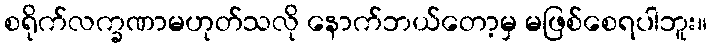
စရိုက်လက္ခဏာမဟုတ်သလို နောက်ဘယ်တော့မှ မဖြစ်စေရပါဘူး။